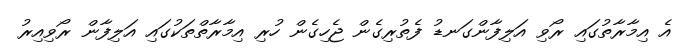
އެ އިމާރާތުގައި ރޯވި އަލިފާންގަނޑު ފެތުރިގެން ޖެހިގެން ހުރި އިމާރާތްތަކުގައި އަލިފާން ރޯވިއިރު